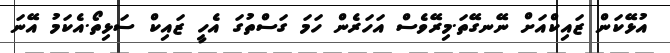
އުޅޭކަން ޒައިކްއަށް ނޭނގޭތަ.މިރޭވެސް އަހަރެން ހަމަ ގަސްތުގަ އެހީ ޒައިކް ސަޅިތޯ.އެކަމު އޭނަ